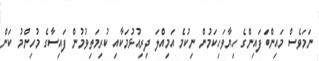
ނަމަވެސް މައިންބަފައިންގެ ހިޔާވަހިކަމުން ނިކުމެ އަމިއްލަ ދިރިއުޅުމަކާއި ކުރިމަތިވުމުން ފައިސާގެ މުހިންމު ކަން